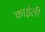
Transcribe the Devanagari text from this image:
काईली